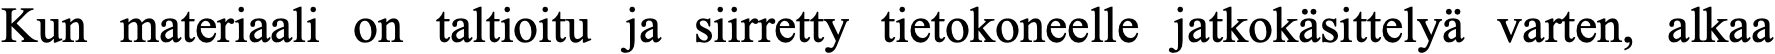
Kun materiaali on taltioitu ja siirretty tietokoneelle jatkokäsittelyä varten, alkaa